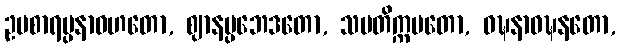
ဥပစာရပ္ပနာဝဟတော, ဈာနပ္ပဘေဒတော, သမတိက္ကမတော, ဝဍ္ဎနာဝဍ္ဎနတော,